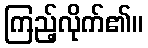
ကြည့်လိုက်၏။